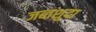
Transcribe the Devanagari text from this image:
जब्तशुदा